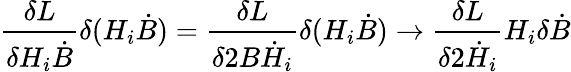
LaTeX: {\frac{\delta L}{\delta H_{i}\dot{B}}}\delta(H_{i}\dot{B})={\frac{\delta L}{\delta 2B\dot{H}_{i}}}\delta(H_{i}\dot{B})\to{\frac{\delta L}{\delta 2\dot{H}_{i}}}H_{i}\delta\dot{B}